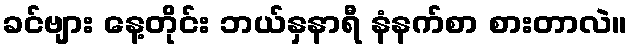
ခင်ဗျား နေ့တိုင်း ဘယ်နှနာရီ နံနက်စာ စားတာလဲ။